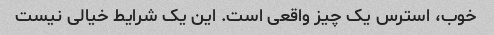
خوب، استرس یک چیز واقعی است. این یک شرایط خیالی نیست